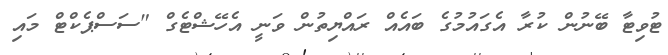
ޓުވިޓާ ބޭނުން ކުރާ އެގައުމުގެ ބައެއް ރައްޔިތުން ވަނީ އެހޭޝްޓެގް "ސަސްޕެކްޓް މައި